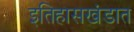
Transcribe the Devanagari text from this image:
इतिहासखंडात